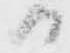
日